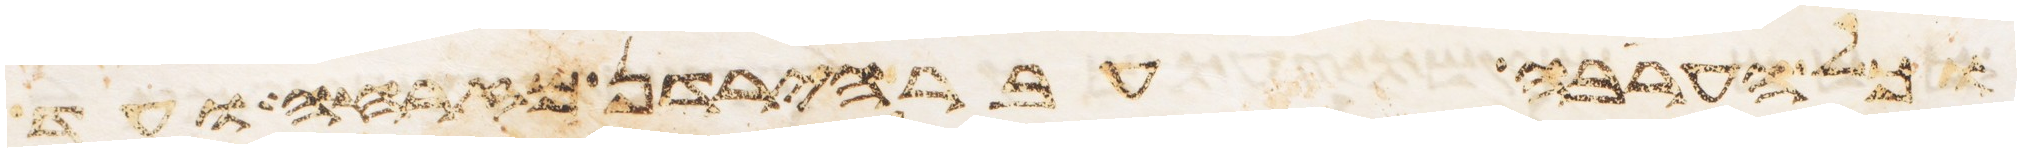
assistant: וכל הערבה עבר הירדן מזרחה ועד